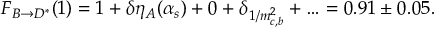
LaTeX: { \cal F } _ { B \rightarrow D ^ { * } } ( 1 ) = 1 + \delta \eta _ { A } ( \alpha _ { s } ) + 0 + \delta _ { 1 / m _ { c , b } ^ { 2 } } + \ldots = 0 . 9 1 \pm 0 . 0 5 .